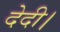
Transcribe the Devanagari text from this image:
देदी।